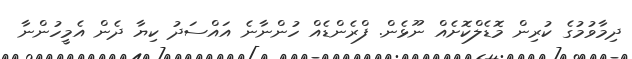
ދިމާވުމުގެ ކުރިން މޮޑެލްކޮށެއް ނޫޅެން. ފްރެންޑެއް ހުންނާނެ އައްސަދު ކިޔާ ދެން އެމީހުންނާ